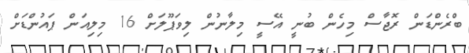
ބްރެންޑަން ރޮޖާސް މިހެން ބުނީ އޭސީ މިލާނުން ލިވަޕޫލަށް 16 މިލިއަން ޕައުންޑަށް